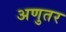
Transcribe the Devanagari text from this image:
अणुतर